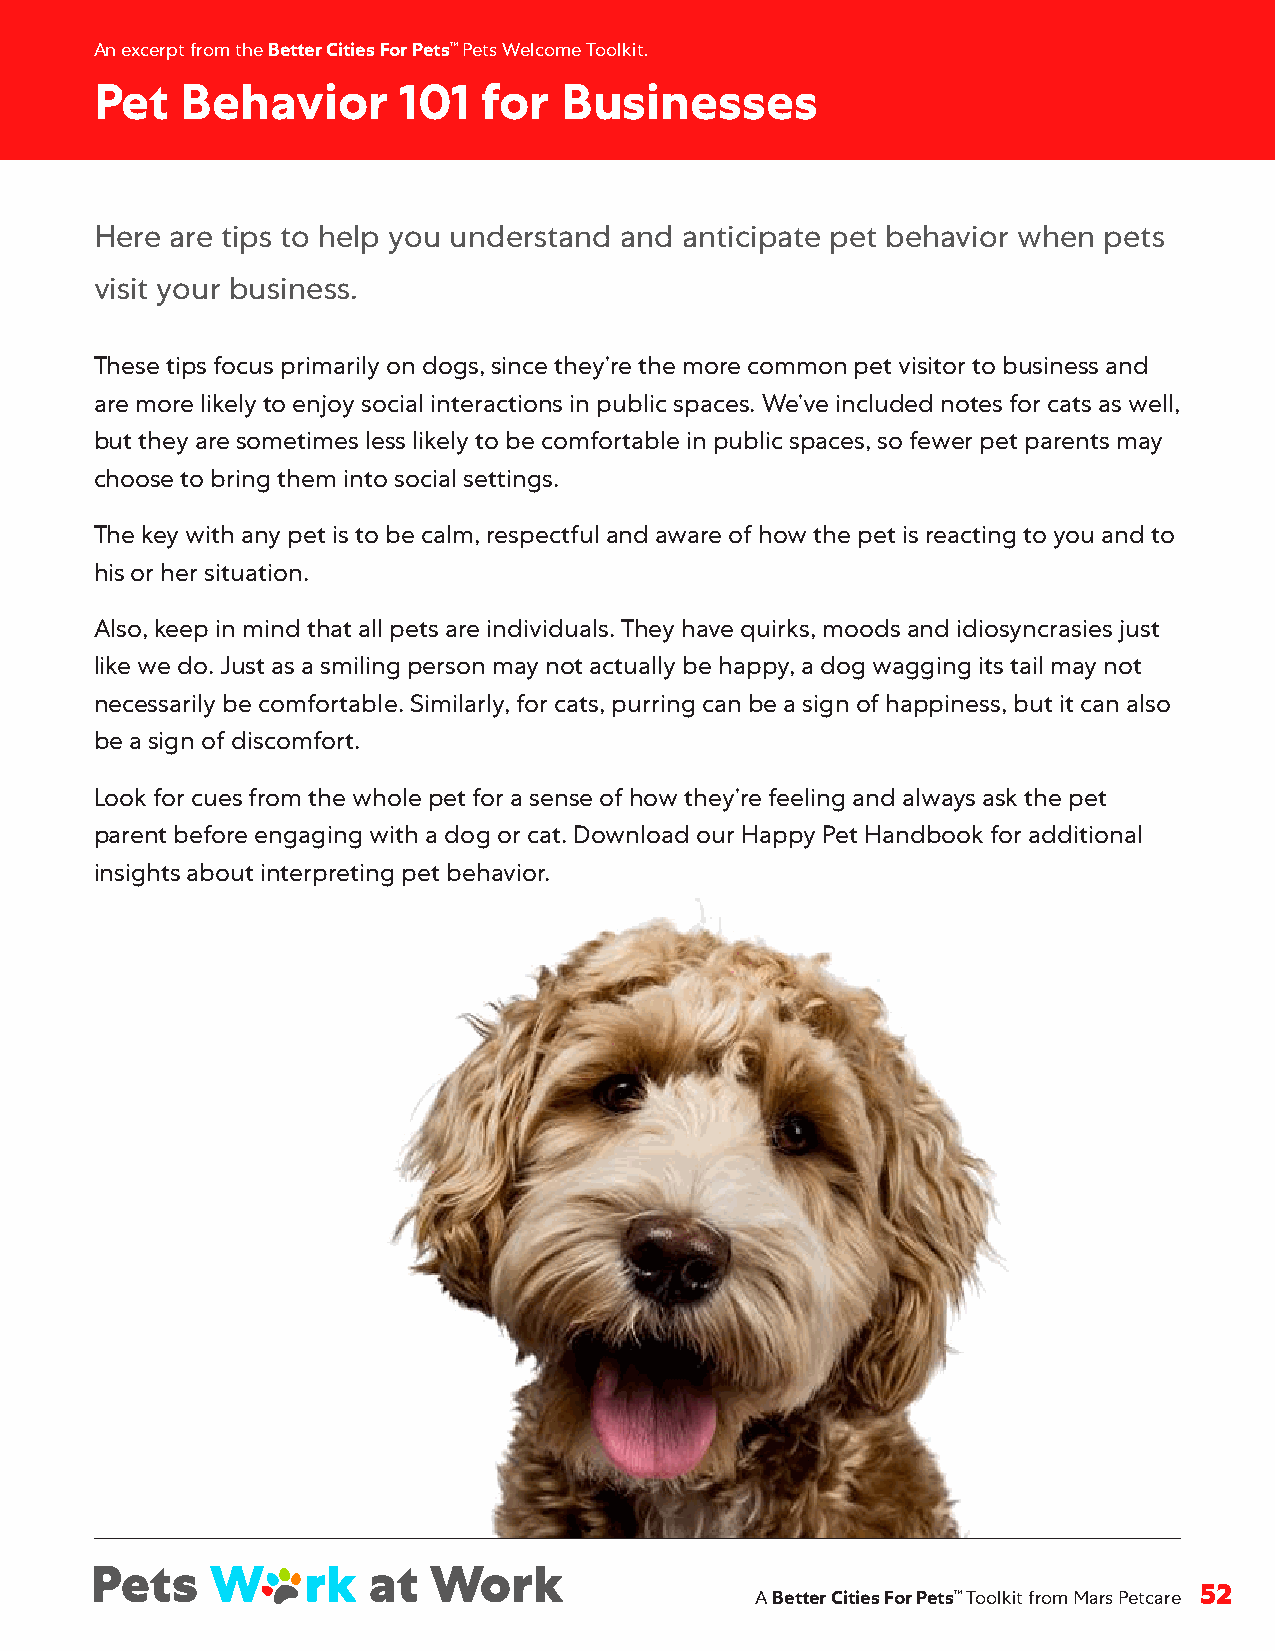
An excerpt from the Better Cities For Pets™ Pets Welcome Toolkit .
 Pet   Behavior      101   for  Businesses
 Here are tips to help you understand and anticipate pet behavior when pets
 visit your business .
 These tips focus primarily on dogs, since they’re the more common pet visitor to business and
 are more likely to enjoy social interactions in public spaces . We’ve included notes for cats as well,
 but they are sometimes less likely to be comfortable in public spaces, so fewer pet parents may
 choose to bring them into social settings .
 The key with any pet is to be calm, respectful and aware of how the pet is reacting to you and to
 his or her situation .
 Also, keep in mind that all pets are individuals . They have quirks, moods and idiosyncrasies just
 like we do . Just as a smiling person may not actually be happy, a dog wagging its tail may not
 necessarily be comfortable . Similarly, for cats, purring can be a sign of happiness, but it can also
 be a sign of discomfort .
 Look for cues from the whole pet for a sense of how they’re feeling and always ask the pet
 parent before engaging with a dog or cat . Download our Happy Pet Handbook for additional
 insights about interpreting pet behavior .
 A Better Cities For Pets™ Toolkit from Mars Petcare 52